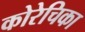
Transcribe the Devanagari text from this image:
कोरेचिका